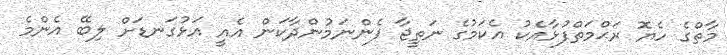
މާތްގެ ހެޔޮ ރަޙްމަތްފުޅާއެކު އެކަމުގެ ނަތީޖާ ފެންނަމުންދާކަން އެއީ އަޅުގަނޑަށް ލިބޭ އެންމެ